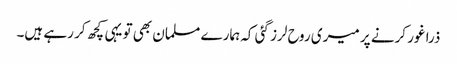
ذرا غور کرنے پر میری روح لرز گئی کہ ہمارے مسلمان بھی تو یہی کچھ کر رہے ہیں۔